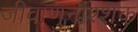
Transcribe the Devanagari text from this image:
जीवाणुनाश्शक